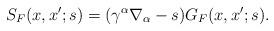
LaTeX: \begin{align*}S_{F}(x,x';s)=(\gamma^\alpha\nabla_\alpha-s)G_{F}(x,x';s).\end{align*}